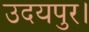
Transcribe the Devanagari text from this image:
उदयपुर।